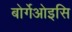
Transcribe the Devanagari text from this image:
बोर्गेओइसि